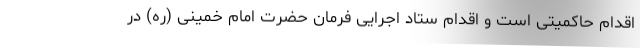
اقدام حاکمیتی است و اقدام ستاد اجرایی فرمان حضرت امام خمینی (ره) در